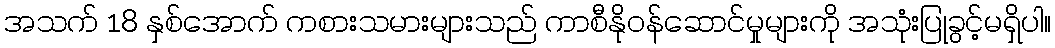
အသက် 18 နှစ်အောက် ကစားသမားများသည် ကာစီနိုဝန်ဆောင်မှုများကို အသုံးပြုခွင့်မရှိပါ။